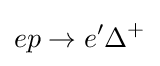
ep\to e^{\prime }\Delta ^{+}